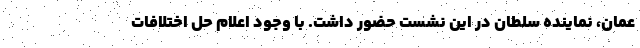
عمان، نماینده سلطان در این نشست حضور داشت. با وجود اعلام حل اختلافات